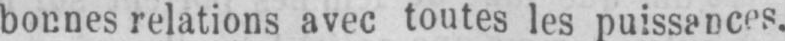
bonnes relations avec toutes les puissances.